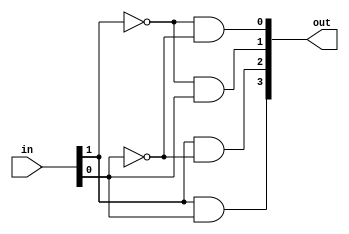
module decoder2to4 (out,in);
	output wire [3:0] out;
	input wire [1:0] in;
	wire in_bar[1:0];
	
	
	not notin1 (in_bar[1],in[1]);
	not notin0 (in_bar[0],in[0]);
	and and1(out[3],in[1],in[0]);
	and and2(out[2],in[1],in_bar[0]);
	and and3(out[1],in_bar[1],in[0]);
	and and4(out[0],in_bar[1],in_bar[0]);
endmodule